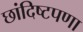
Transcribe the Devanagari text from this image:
छांदिष्टपणा